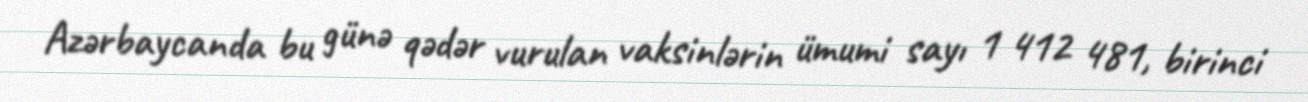
Azərbaycanda bu günə qədər vurulan vaksinlərin ümumi sayı 1 412 481, birinci